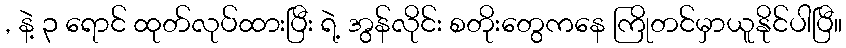
, နဲ့ ၃ ရောင် ထုတ်လုပ်ထားပြီး ရဲ့ အွန်လိုင်း စတိုးတွေကနေ ကြိုတင်မှာယူနိုင်ပါပြီ။